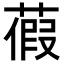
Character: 𦹜